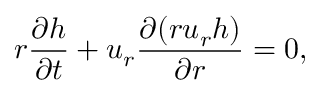
r \frac { \partial h } { \partial t } + u _ { r } \frac { \partial ( r u _ { r } h ) } { \partial r } = 0 ,